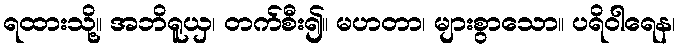
ရထားသို့။ အဘိရူယှ၊ တက်စီး၍။ မဟတာ၊ များစွာသော။ ပရိဝါရေန၊